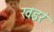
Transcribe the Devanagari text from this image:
खइरं